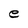
Character: e